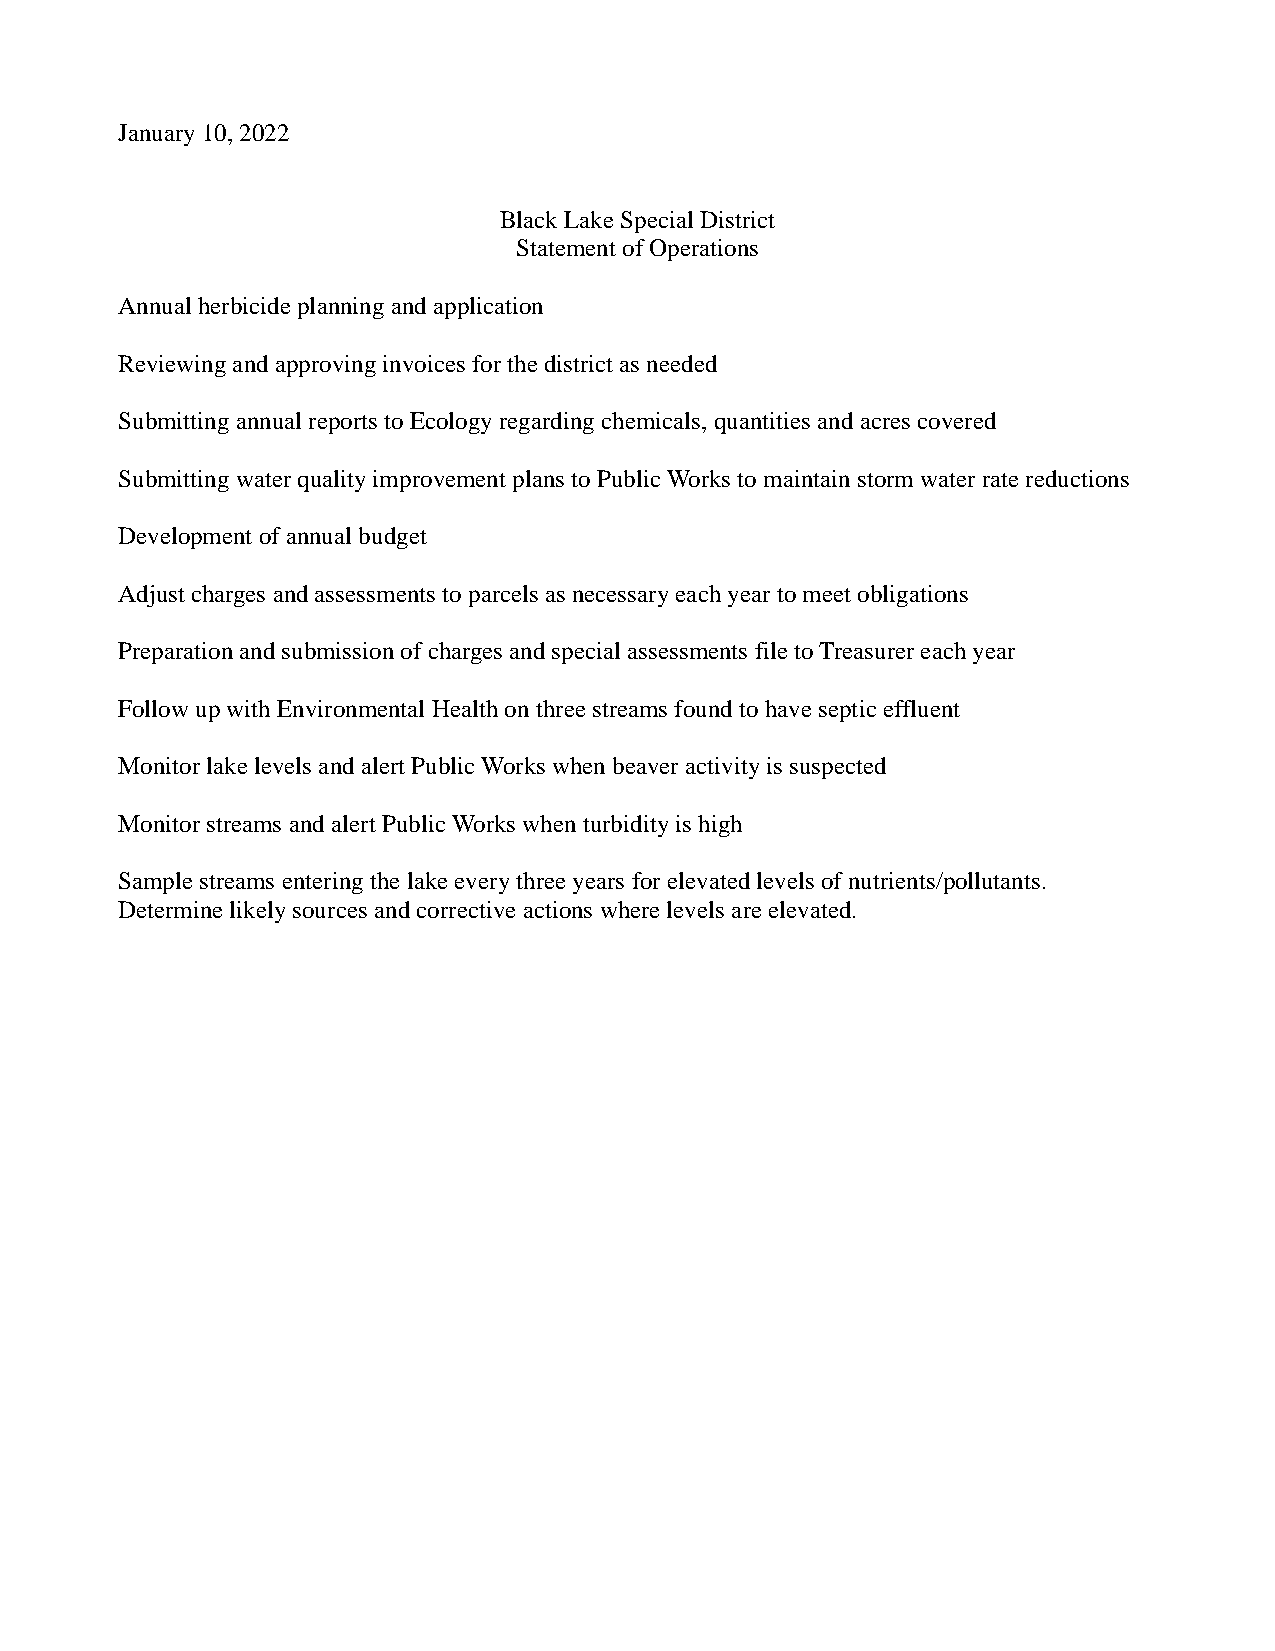
January 10, 2022
 Black Lake Special District
 Statement of Operations
 Annual herbicide planning and application
 Reviewing and approving invoices for the district as needed
 Submitting annual reports to Ecology regarding chemicals, quantities and acres covered
 Submitting water quality improvement plans to Public Works to maintain storm water rate reductions
 Development of annual budget
 Adjust charges and assessments to parcels as necessary each year to meet obligations
 Preparation and submission of charges and special assessments file to Treasurer each year
 Follow up with Environmental Health on three streams found to have septic effluent
 Monitor lake levels and alert Public Works when beaver activity is suspected
 Monitor streams and alert Public Works when turbidity is high
 Sample streams entering the lake every three years for elevated levels of nutrients/pollutants.
 Determine likely sources and corrective actions where levels are elevated.